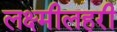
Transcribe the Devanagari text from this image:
लक्ष्मीलहरी